Indian journal of veterinary science and animal husbandry - Volumes 15-17, 1948-1951
Year: 1948
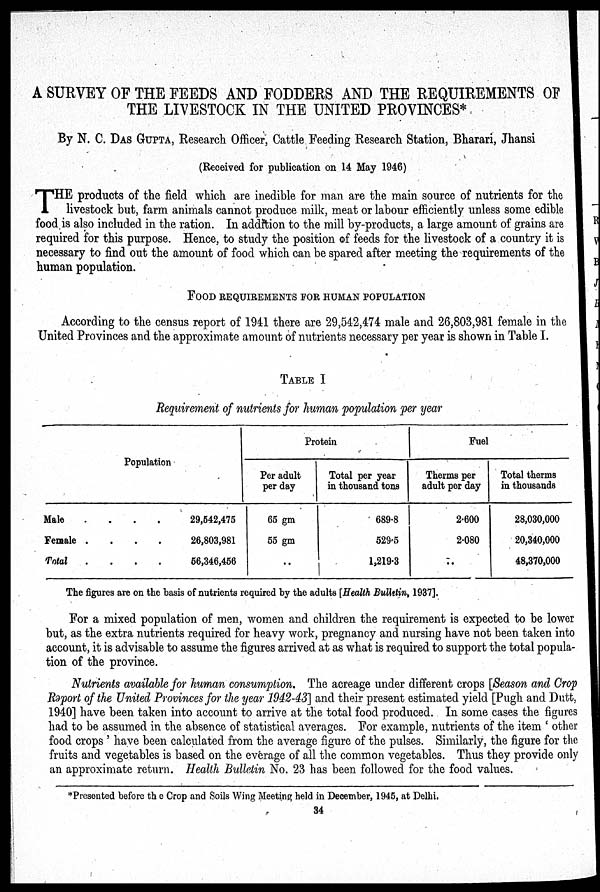
A SURVEY OF THE FEEDS AND FODDERS AND THE REQUIREMENTS OF
THE LIVESTOCK IN THE UNITED PROVINCES*
By N. C. DAS GUPTA, Research Officer, Cattle Feeding Research Station, Bharari, Jhansi
(Received for publication on 14 May 1946)
T HE products of the field which are inedible for man are the main source of nutrients for the
livestock but, farm animals cannot produce milk, meat or labour efficiently unless some edible
food is also included in the ration. In addition to the mill by-products, a large amount of grains are
required for this purpose. Hence, to study the position of feeds for the livestock of a country it is
necessary to find out the amount of food which can be spared after meeting the requirements of the
human population.
FOOD REQUIREMENTS FOR HUMAN POPULATION
According to the census report of 1941 there are 29,542,474 male and 26,803,981 female in the
United Provinces and the approximate amount of nutrients necessary per year is shown in Table I.
TABLE I
Requirement of nutrients for human population per year
Population
Male
.
.
.
.
Female
.
.
.
.
Total
.
.
.
.
29,542,475
26,803,981
56,346,456
Protein
Per adult
per day
65 gm
55 gm
..
Total per year
in thousand tons
689.8
529.5
1,219.3
Fuel
Therms per
adult per day
2.600
2.080
..
Total therms
in thousands
28,030,000
20,340,000
48,370,000
The figures are on the basis of nutrients required by the adults [Health Bulletin, 1937].
For a mixed population of men, women and children the requirement is expected to be lower
but, as the extra nutrients required for heavy work, pregnancy and nursing have not been taken into
account, it is advisable to assume the figures arrived at as what is required to support the total popula-
tion of the province.
Nutrients available for human consumption. The acreage under different crops [Season and Crop
Report of the United Provinces for the year 1942-43] and their present estimated yield [Pugh and Dutt,
1940] have been taken into account to arrive at the total food produced. In some cases the figures
had to be assumed in the absence of statistical averages. For example, nutrients of the item 'other
food crops' have been calculated from the average figure of the pulses. Similarly, the figure for the
fruits and vegetables is based on the everage of all the common vegetables. Thus they provide only
an approximate return. Health Bulletin No. 23 has been followed for the food values.
*Presented before the Crop and Soils Wing Meeting held in December, 1945, at Delhi.
34